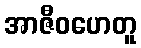
အာဇီဝဟေတူ